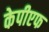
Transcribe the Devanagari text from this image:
केपीएफ